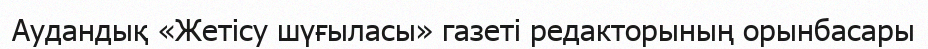
Аудандық «Жетісу шүғыласы» газеті редакторының орынбасары